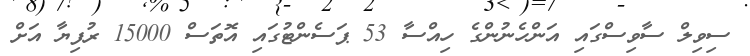
ސިވިލް ސާވިސްގައި އަންހެނުންގެ ހިއްސާ 53 ޕަސެންޓުގައި އޮތަސް 15000 ރުފިޔާ އަށް